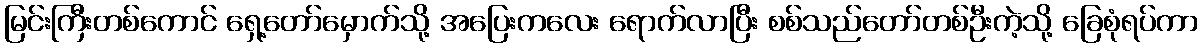
မြင်းကြီးတစ်ကောင် ရှေ့တော်မှောက်သို့ အပြေးကလေး ရောက်လာပြီး စစ်သည်တော်တစ်ဦးကဲ့သို့ ခြေစုံရပ်ကာ